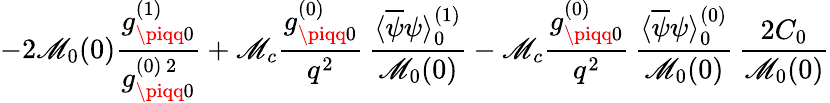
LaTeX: -2\mathscr{M}_{0}(0)\frac{{g_{\piqq0}^{(1)}}}{{g_{\piqq0}^{(0)\, 2}}}+\mathscr{M}_{c}\frac{{g_{\piqq0}^{(0)}}}{{q^{2}}}\, \frac{{\langle\overline{{{{\psi}}}}\psi\rangle_{0}^{(1)}}}{{\mathscr{M}_{0}(0)}}-\mathscr{M}_{c}\frac{{g_{\piqq0}^{(0)}}}{{q^{2}}}\, \frac{{\langle\overline{{{{\psi}}}}\psi\rangle_{0}^{(0)}}}{{\mathscr{M}_{0}(0)}}\, \frac{{2C_{0}}}{{\mathscr{M}_{0}(0)}}